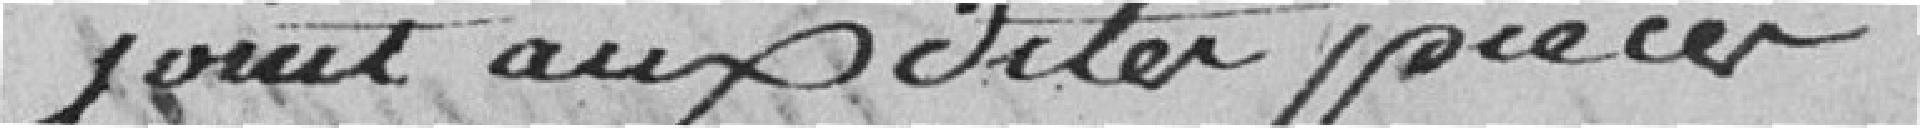
joint aux dites pièces ;